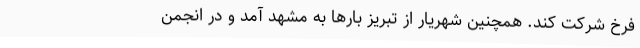
فرخ شرکت کند. همچنین شهریار از تبریز بارها به مشهد آمد و در انجمن